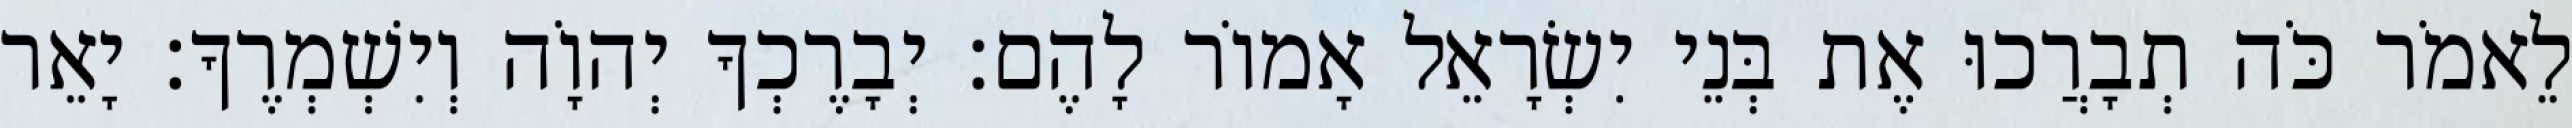
לֵאמֹר כֹּה תְבָרֲכוּ אֶת בְּנֵי יִשְׂרָאֵל אָמוֹר לָהֶם׃ יְבָרֶכְךָ יְהוָֹה וְיִשְׁמְרֶךָ׃ יָאֵר